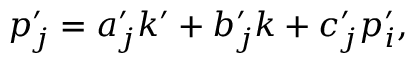
p _ { j } ^ { \prime } = a _ { j } ^ { \prime } k ^ { \prime } + b _ { j } ^ { \prime } k + c _ { j } ^ { \prime } p _ { i } ^ { \prime } ,